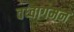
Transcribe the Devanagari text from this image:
वध्वागमन